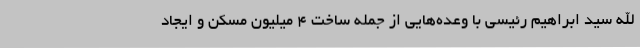
الله سید ابراهیم رئیسی با وعده‌هایی از جمله ساخت ۴ میلیون مسکن و ایجاد